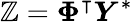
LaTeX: \boldsymbol{\mathbb{Z}}=\boldsymbol{\Phi}^{\intercal}\boldsymbol{Y}^{\ast}